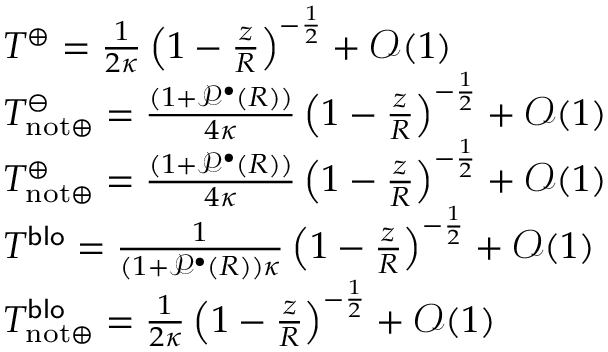
\begin{array} { r l } & { T ^ { \oplus } = \frac { 1 } { 2 \kappa } \left( 1 - \frac { z } { R } \right) ^ { - \frac { 1 } { 2 } } + \mathcal { O } ( 1 ) } \\ & { T _ { \mathrm { n o t } \oplus } ^ { \ominus } = \frac { ( 1 + \mathcal { P } ^ { \bullet } ( R ) ) } { 4 \kappa } \left( 1 - \frac { z } { R } \right) ^ { - \frac { 1 } { 2 } } + \mathcal { O } ( 1 ) } \\ & { T _ { \mathrm { n o t } \oplus } ^ { \oplus } = \frac { ( 1 + \mathcal { P } ^ { \bullet } ( R ) ) } { 4 \kappa } \left( 1 - \frac { z } { R } \right) ^ { - \frac { 1 } { 2 } } + \mathcal { O } ( 1 ) } \\ & { T ^ { \mathsf { b l o } } = \frac { 1 } { ( 1 + \mathcal { P } ^ { \bullet } ( R ) ) \kappa } \left( 1 - \frac { z } { R } \right) ^ { - \frac { 1 } { 2 } } + \mathcal { O } ( 1 ) } \\ & { T _ { \mathrm { n o t } \oplus } ^ { \mathsf { b l o } } = \frac { 1 } { 2 \kappa } \left( 1 - \frac { z } { R } \right) ^ { - \frac { 1 } { 2 } } + \mathcal { O } ( 1 ) } \end{array}